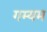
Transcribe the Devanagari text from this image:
गम्यम